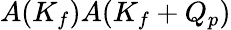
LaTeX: A(K_{f})A(K_{f}+Q_{p})